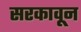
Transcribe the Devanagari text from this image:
सरकावून